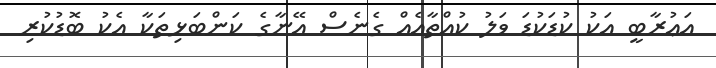
އަޢުރާބީ އަކު ކުޑަކުޑަ ވަލު ކުއްތާއެއް ގެނެސް އޭނާގެ ކަންބަޅިތަކާ އެކު ބޮޑުކުރި